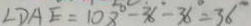
\angle D A E = 1 0 8 ^ { \circ } - 3 6 ^ { \circ } - 3 6 ^ { \circ } = 3 6 ^ { \circ }